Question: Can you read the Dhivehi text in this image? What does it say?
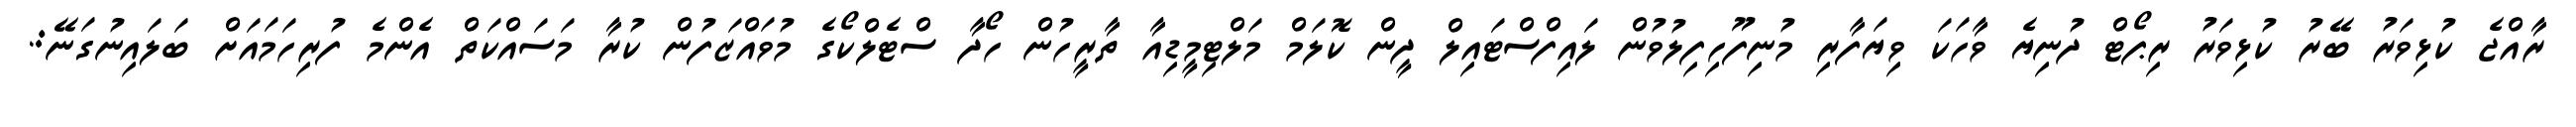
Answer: ރާއްޖެ ކުޅިވަރު ބޭރު ކުޅިވަރު ރިޕޯޓް ދުނިޔެ ވާހަކަ ވިޔަފާރި މުނިފޫހިފިލުވުން ލައިފްސްޓައިލް ދީން ކޮލަމް މަލްޓިމީޑިއާ ތާރީހުން ހޯދާ ސްޓެލްކޯގެ މުވައްޒަފުން ކުރާ މަސައްކަތް އެންމެ ފުރިހަމައަށް ބަލައިނުގަނޭ:.